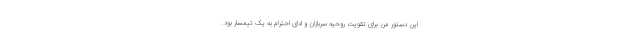
این دستور من برای تقویت روحیه سربازان و ادای احترام به یک تیمسار بود.